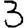
Digit: 3